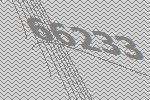
66233